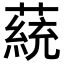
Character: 𦼟